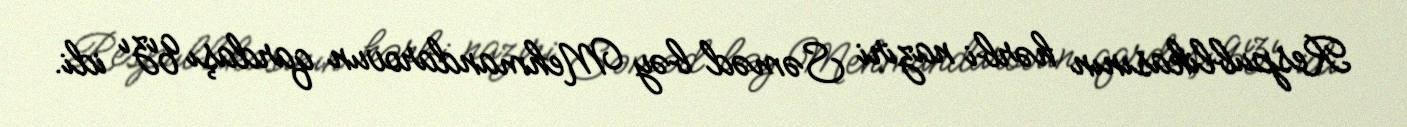
Respublikasının hərbi naziri Səməd bəy Mehmandarovun qardaşı qızı idi.